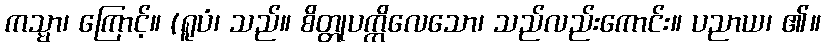
ကသ္မာ၊ ကြောင့်။ (ရူပံ၊ သည်။ စိတ္တုပက္ကိလေသော၊ သည်လည်းကောင်း။ ပညာယ၊ ၏။